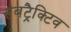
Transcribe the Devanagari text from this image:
सबट्रैक्टिव